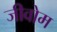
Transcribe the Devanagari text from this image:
जीवोम